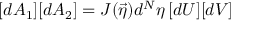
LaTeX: [ d A _ { 1 } ] [ d A _ { 2 } ] = J ( \vec { \eta } ) d ^ { N } \eta \, [ d U ] [ d V ]